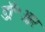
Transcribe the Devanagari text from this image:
डॉ॰आर